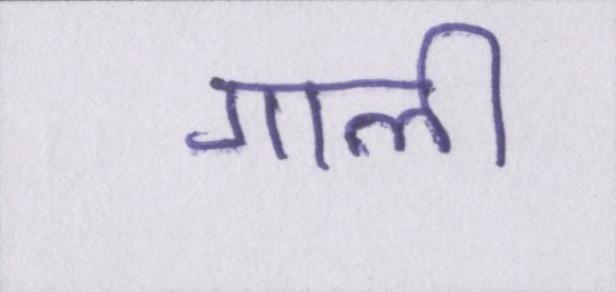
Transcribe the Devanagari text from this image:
गाली